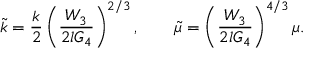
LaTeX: \tilde { k } = \frac { k } { 2 } \left( \frac { W _ { 3 } } { 2 l G _ { 4 } } \right) ^ { 2 / 3 } , \qquad \tilde { \mu } = \left( \frac { W _ { 3 } } { 2 l G _ { 4 } } \right) ^ { 4 / 3 } \mu .